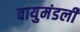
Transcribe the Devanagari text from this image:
वायुमंडली